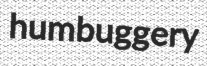
humbuggery